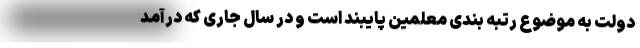
دولت به موضوع رتبه بندی معلمین پایبند است و در سال جاری که درآمد